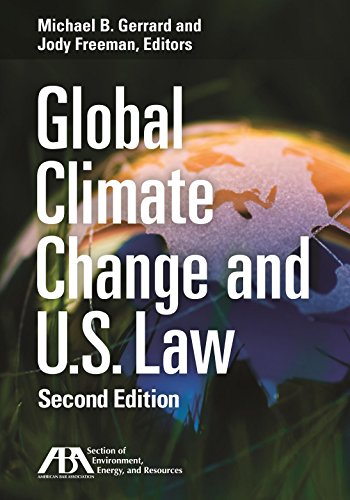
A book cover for Global Climate Change and U.S. Law; Law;